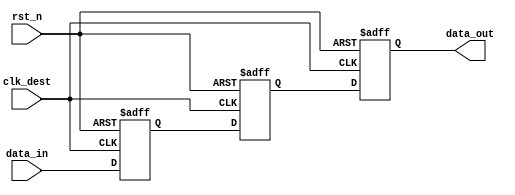
module meta_stability_filter #(
    parameter WIDTH = 1 // Width of the input signal
)(
    input  wire          clk_dest,            // Clock for the destination domain
    input  wire          rst_n,               // Active-low reset
    input  wire [WIDTH-1:0] data_in,          // Input from the source clock domain
    output reg  [WIDTH-1:0] data_out          // Synchronized output
);

    // Internal signals for flip-flop stages
    reg [WIDTH-1:0] ff1; // First flip-flop stage
    reg [WIDTH-1:0] ff2; // Second flip-flop stage

    // Synchronized flip-flop for metastability filtering
    always @(posedge clk_dest or negedge rst_n) begin
        if (!rst_n) begin
            ff1 <= {WIDTH{1'b0}}; // Reset FF1 to 0
            ff2 <= {WIDTH{1'b0}}; // Reset FF2 to 0
            data_out <= {WIDTH{1'b0}}; // Reset output to 0
        end else begin
            ff1 <= data_in;      // Sample input signal
            ff2 <= ff1;          // Synchronize signal to next stage
            data_out <= ff2;     // Output stable signal
        end
    end

endmodule